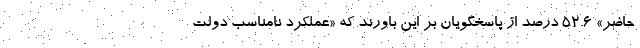
حاضر» ۵۲.۶ درصد از پاسخگویان بر این باورند که «عملکرد نامناسب دولت